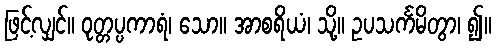
ဖြင့်လျှင်။ ဝုတ္တပ္ပကာရံ၊ သော။ အာစရိယံ၊ သို့။ ဥပသင်္ကမိတွာ၊ ၍။